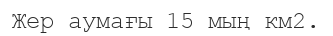
Жер аумағы 15 мың км2.